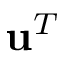
\mathbf { u } ^ { T }